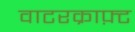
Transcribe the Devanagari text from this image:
वाटरक्राफ़्ट